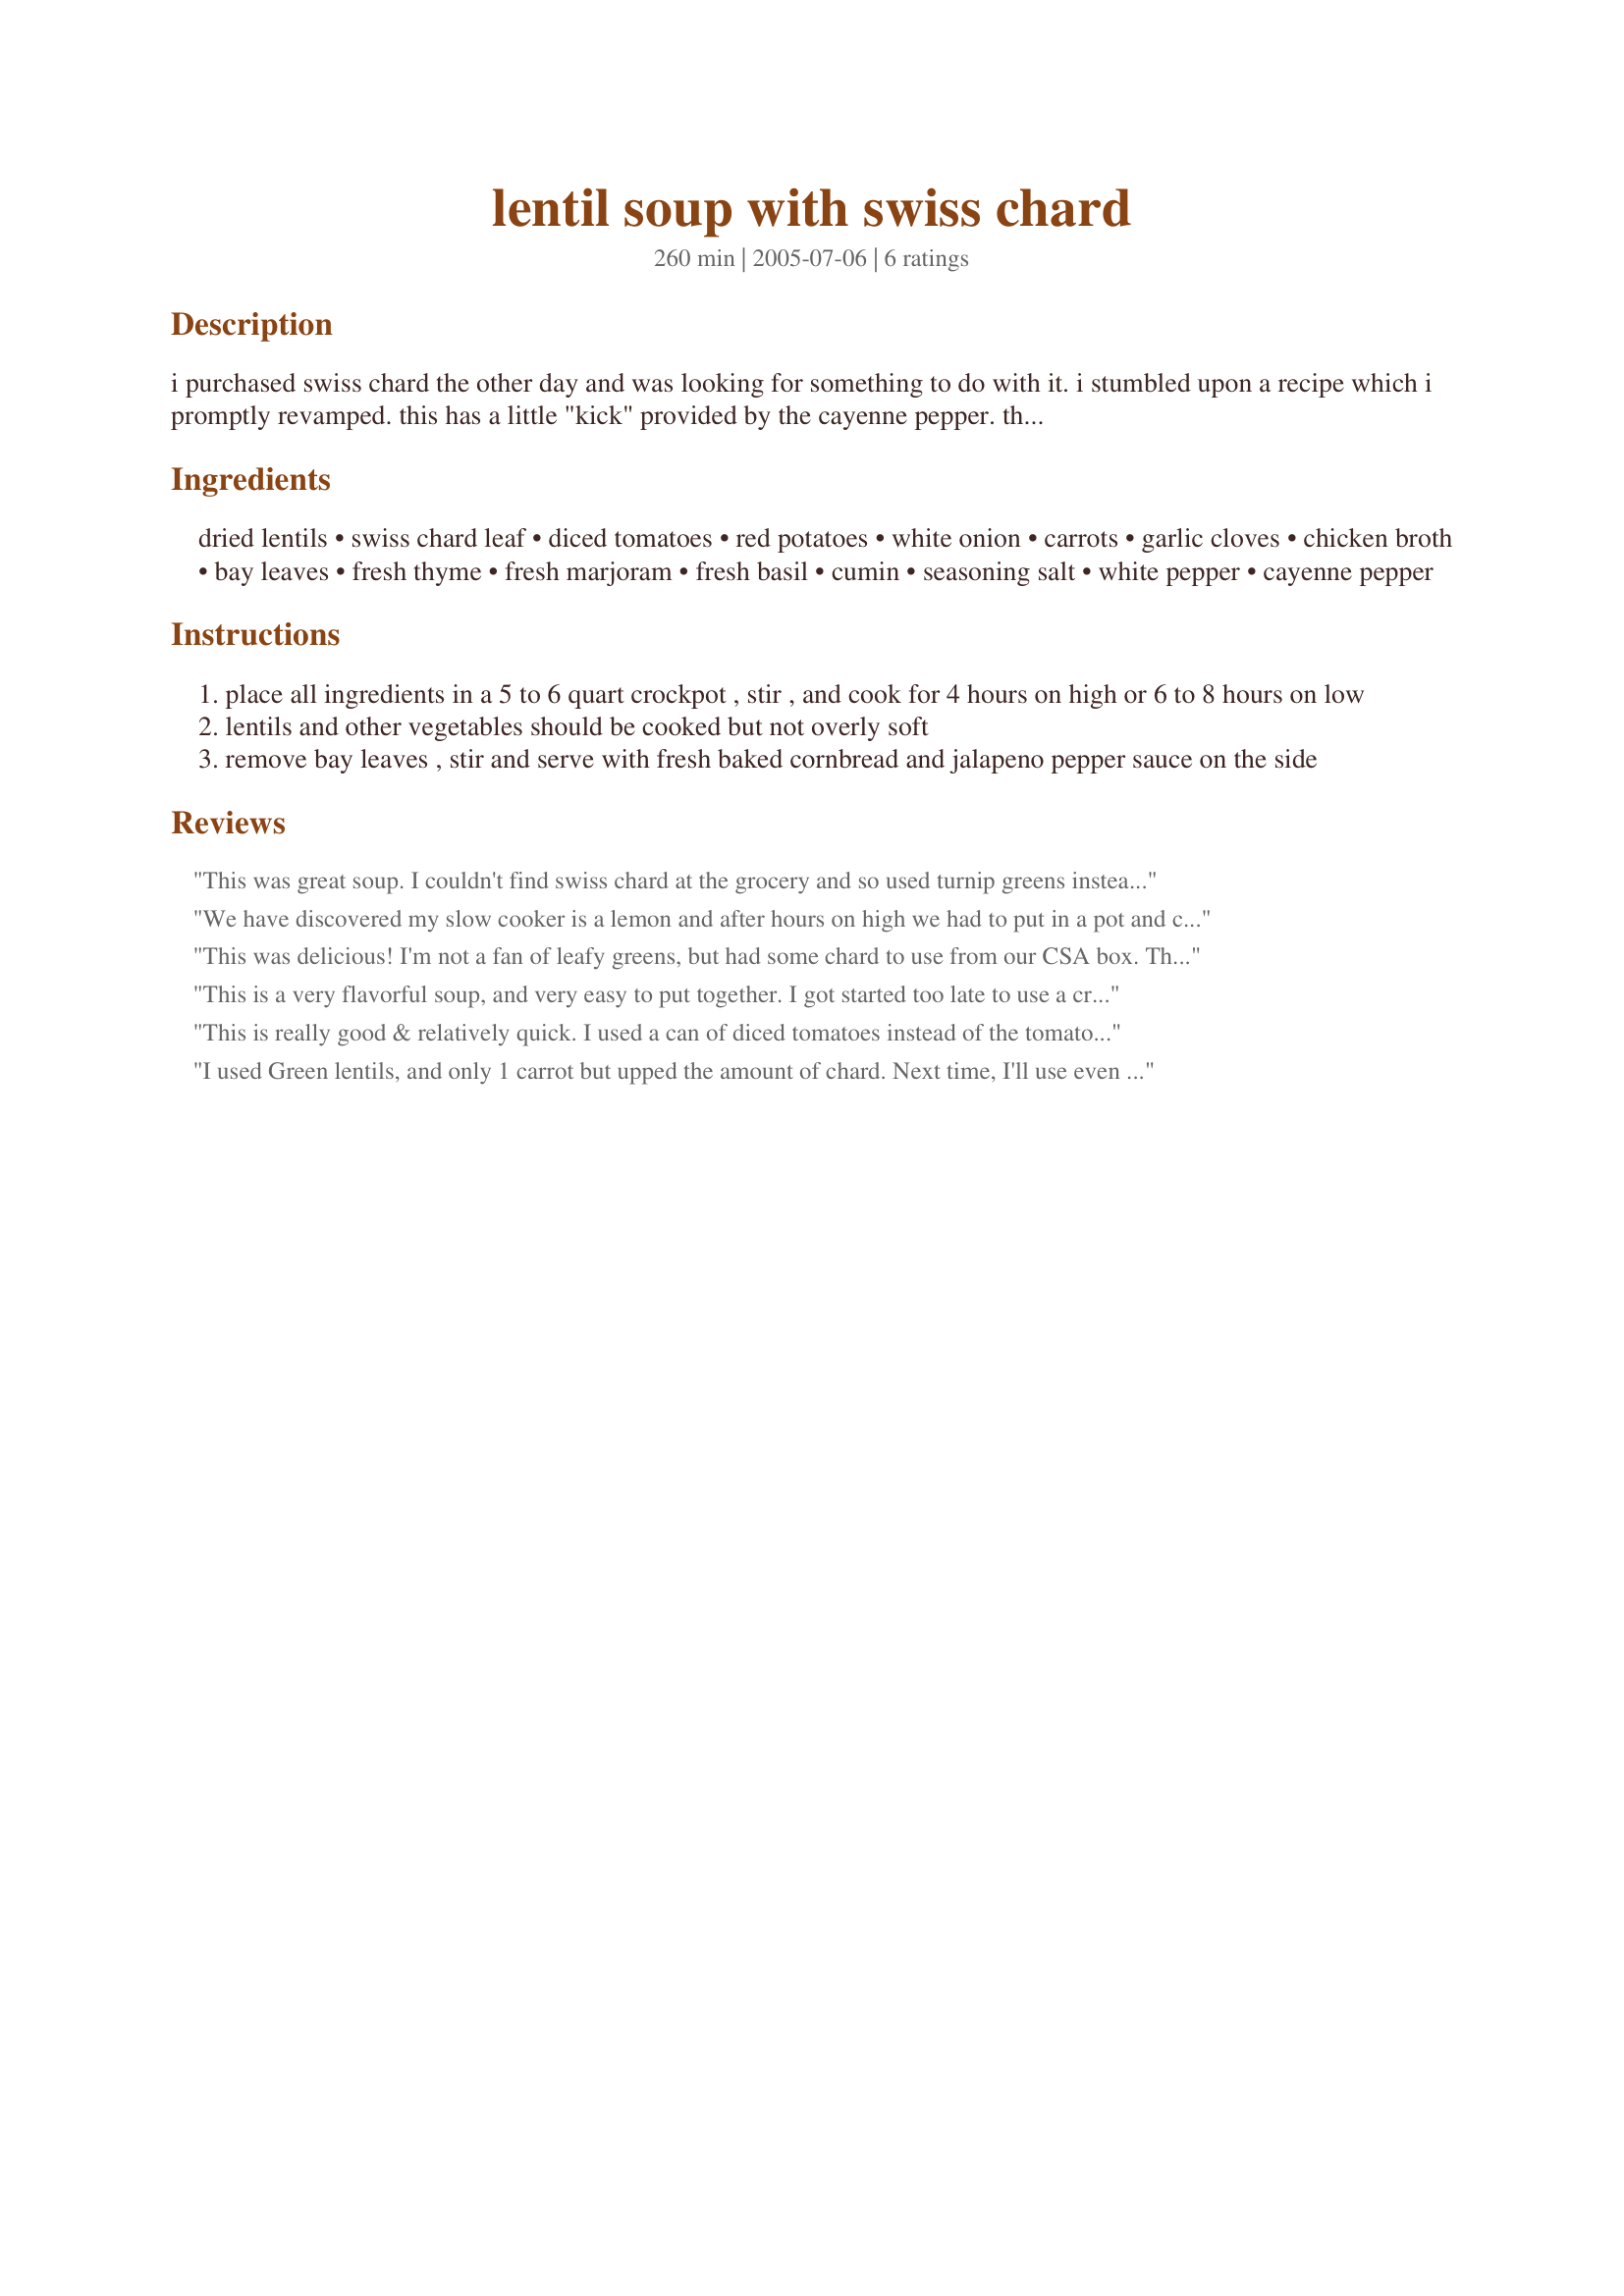
lentil soup with swiss chard
Preparation time: 260 minutes

i purchased swiss chard the other day and was looking for something to do with it. i stumbled upon a recipe which i promptly revamped. this has a little "kick" provided by the cayenne pepper. the kick can be enhanced by serving jalapeno pepper sauce on the side. hope you enjoy!

Ingredients:
dried lentils, swiss chard leaf, diced tomatoes, red potatoes, white onion, carrots, garlic cloves, chicken broth, bay leaves, fresh thyme, fresh marjoram, fresh basil, cumin, seasoning salt, white pepper, cayenne pepper

Steps:
place all ingredients in a 5 to 6 quart crockpot , stir , and cook for 4 hours on high or 6 to 8 hours on low
lentils and other vegetables should be cooked but not overly soft
remove bay leaves , stir and serve with fresh baked cornbread and jalapeno pepper sauce on the side

Reviews:
This was great soup. I couldn't find swiss chard at the grocery and so used turnip greens instead. This had great flavor. My only issue is that the lentils did not soften as much as we like, even after cooking on low for 10+ hours. Next time I'll start it on high for 3-4 hours, then turn down to low until dinnertime. Served with cornbread and hot sauce. Thanks for a great healthy soup.
We have discovered my slow cooker is a lemon and after hours on high we had to put in a pot and cook on the stove. Used a mixture of red and green lentils, 1 lb swiss chard, 2 white potatoes, 12 cups pork broth and dried herbs.
This was delicious! I'm not a fan of leafy greens, but had some chard to use from our CSA box. This recipe is definitely a keeper. The cumin and cayenne gave it a great slightly smoky flavor almost like chili but without the heat. Even my 1 and 3 yr old kids loved it. I didn't have fresh herbs so I used dried, added a couple more potatoes. Simmered on low on the stovetop for the afternoon instead of using the slow cooker. Added a tablespoon of tomato paste to beef up the tomato flavor a bit. Delicious - I'm looking forward to the leftovers for lunch tomorrow.
This is a very flavorful soup, and very easy to put together. I got started too late to use a crockpot, but it was easy to adapt to the stovetop. I used about 2 T. olive oil and sauteed the onion, carrots, garlic, and potato until soft. Then I added the spices and seasonings, the tomatoes, the chard, and the lentils. I combined that well and added the vegetable broth, brought it to a boil, then simmered for 1-1/2 hours. This is a very hearty and filling soup. Thanks for sharing. Made for ZWT7.
This is really good & relatively quick. I used a can of diced tomatoes instead of the tomato paste because I prefer brothier soups. It was still pretty stewy with all the veggies. Tasted nice & healthy. :)
I used Green lentils, and only 1 carrot but upped the amount of chard. Next time, I'll use even more chard, which I'll slice into thin ribbons and more broth, so it's soupier.
